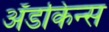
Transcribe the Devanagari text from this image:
अॅडकिन्स